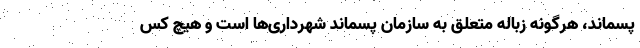
پسماند، هرگونه زباله متعلق به سازمان پسماند شهرداری‌ها است و هیچ کس